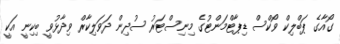
ގޯއާގެ ޕަބްލިކް ވޯކްސް ޑިޕާޓްމަންޓުގެ މިނިސްޓަރު ސުދިން ދަވަލިކާރް ވިދާޅުވީ ބިކިނީ އަކީ